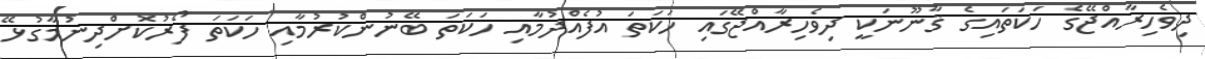
ދިވެހިރާއްޖޭގެ ހަކަތައިގެ ޤާނޫނަކީ ދިވެހިރާއްޖޭގައި ހަކަތަ އުފެއްދުމާއި ހަކަތަ ބޭނުންކުރުމާއި ހަކަތަ ފޯރުކޮށްދިނުމާގުޅޭ